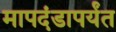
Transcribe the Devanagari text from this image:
मापदंडापर्यंत